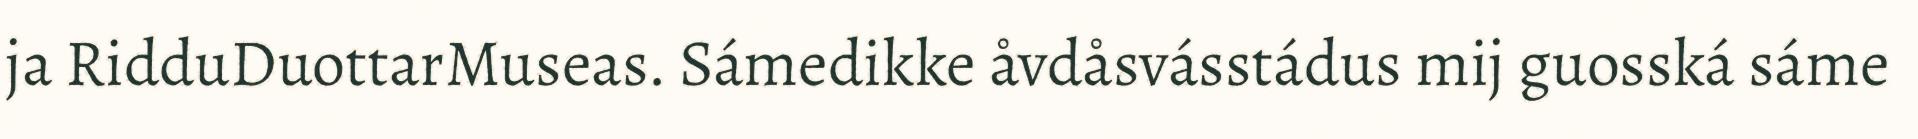
ja RidduDuottarMuseas. Sámedikke åvdåsvásstádus mij guosská sáme